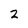
Character: 2